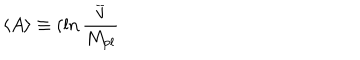
\left\langle A \right\rangle \equiv ( \ln \frac { \overline { { { v } } } } { M _ { p l } }